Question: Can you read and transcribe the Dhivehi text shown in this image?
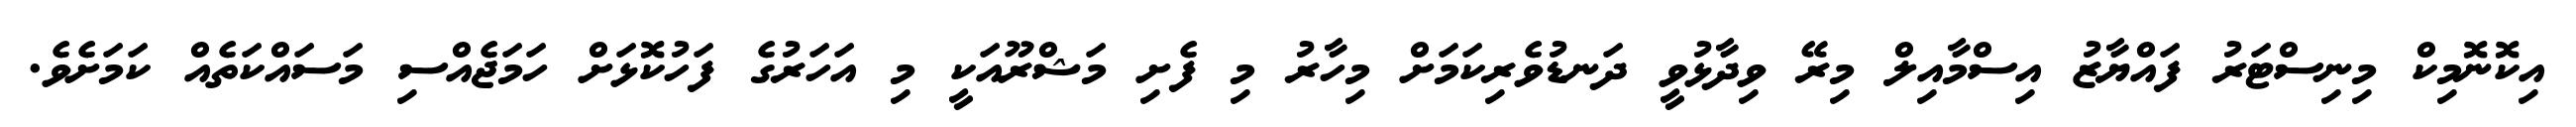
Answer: އިކޮނޮމިކް މިނިސްޓަރު ފައްޔާޒު އިސްމާއިލް މިރޭ ވިދާޅުވީ ދަނޑުވެރިކަމަށް މިހާރު މި ފެށި މަޝްރޫއަކީ މި އަހަރުގެ ފަހުކޮޅަށް ހަމަޖެއްސި މަސައްކަތެއް ކަމަށެވެ.